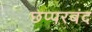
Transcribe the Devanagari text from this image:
छप्परबंद